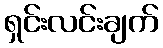
ရှင်းလင်းချက်